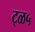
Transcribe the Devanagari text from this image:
ट्ळ५